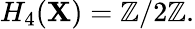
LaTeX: H_{4}(\mathbf{X})=\mathbb{{Z}}/2\mathbb{{Z}}.